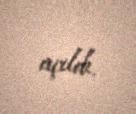
açıldı.